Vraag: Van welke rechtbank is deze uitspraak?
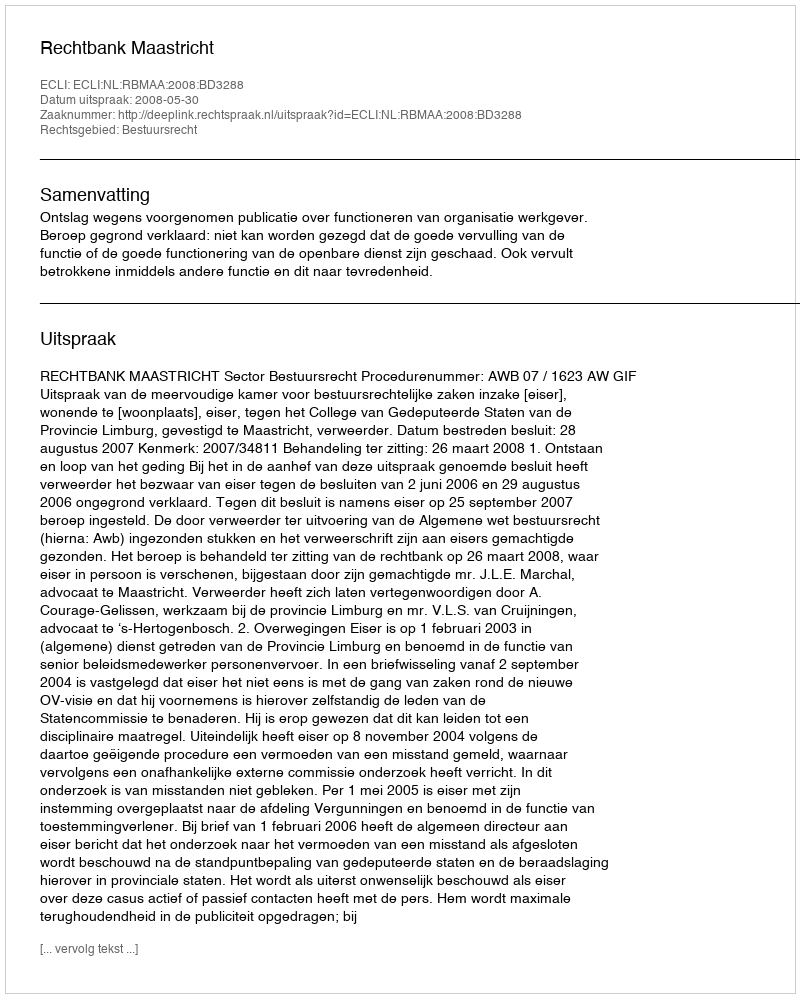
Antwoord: Rechtbank Maastricht